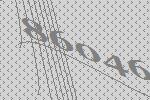
86046